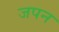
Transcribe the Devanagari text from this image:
जपन